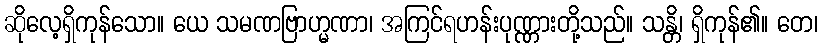
ဆိုလေ့ရှိကုန်သော။ ယေ သမဏဗြာဟ္မဏာ၊ အကြင်ရဟန်းပုဏ္ဏားတို့သည်။ သန္တိ၊ ရှိကုန်၏။ တေ၊